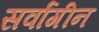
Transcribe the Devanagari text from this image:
सर्वांगीन